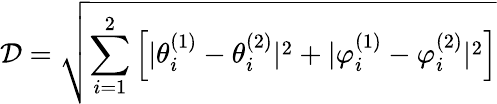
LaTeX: \mathcal{D}=\sqrt{\sum_{i=1}^{2}\left[|\theta_{i}^{(1)}-\theta_{i}^{(2)}|^{2}+|\varphi_{i}^{(1)}-\varphi_{i}^{(2)}|^{2}\right]}